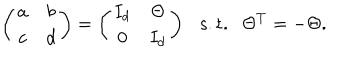
LaTeX: \left( \begin{matrix} { { a } } & { { b } } \\ { { c } } & { { d } } \\ \end{matrix} \right) = \left( \begin{matrix} { { I _ { d } } } & { { \Theta } } \\ { { 0 } } & { { I _ { d } } } \\ \end{matrix} \right) \ \ \ \mathrm { s . t . } \ \ \ \Theta ^ { T } = - \Theta .